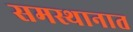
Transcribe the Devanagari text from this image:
समस्थानात